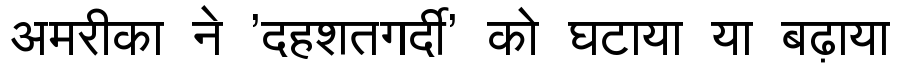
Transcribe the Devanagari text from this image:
अमरीका ने 'दहशतगर्दी' को घटाया या बढ़ाया